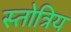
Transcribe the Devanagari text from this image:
स्तोत्रिय